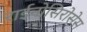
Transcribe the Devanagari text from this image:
राईनोसिरोसेस